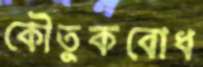
কৌতুকবোধ